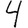
Digit: 4